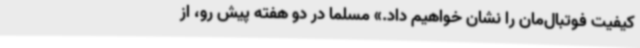
کیفیت فوتبال‌مان را نشان خواهیم داد.» مسلما در دو هفته پیش رو، از